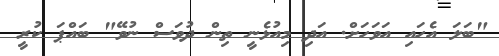
"ބަލަ އެހައި އަވަހަށް. އަދި މިއުޅެނީ ތިން ދުވަސް ނުވޭ" ބައްޕަ ކުރީ